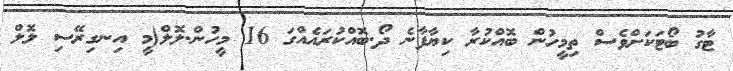
ޓާގު ބޯޓަކަށްވެސް ތިމީހުން ބޮއްކުރާ ކިޔާފާނެ ދޯ.ބޮއްކުރައެއްގަ 16 މީހުން.ލޮލް(މީ އިނގިރޭސި ލޮލް